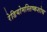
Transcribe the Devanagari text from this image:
रेडियोमस्तिष्कशोथ